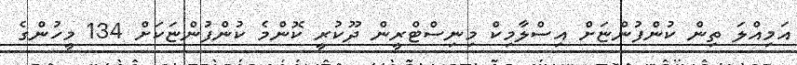
އަމިއްލަ ތިން ކުންފުންޏަށް އިސްލާމިކް މިނިސްޓްރީން ދޫކުރީ ކޮންމެ ކުންފުންޏަކަށް 134 މީހުންގެ